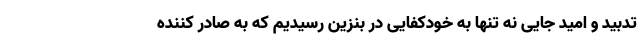
تدبید و امید جایی نه تنها به خودکفایی در بنزین رسیدیم که به صادر کننده